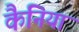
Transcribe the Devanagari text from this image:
कैनिया